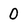
Character: D